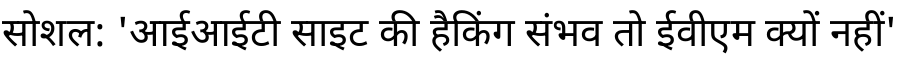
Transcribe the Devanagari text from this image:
सोशल: 'आईआईटी साइट की हैकिंग संभव तो ईवीएम क्यों नहीं'